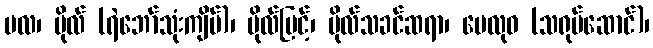
ဗလ၊ ဗိုလ် (ရဲဘော်သုံးကျိပ်)၊ ဗိုလ်မြင့်၊ ဗိုလ်သခင်ဆရာ၊ ဗေလုဝ (သရုပ်ဆောင်)၊